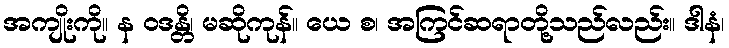
အကျိုးကို။ န ဝဒန္တိ၊ မဆိုကုန်။ ယေ စ၊ အကြင်ဆရာတို့သည်လည်း။ ဒါနံ၊